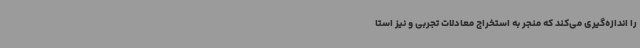
را اندازه‌گیری می‌کند که منجر به استخراج معادلات تجربی و نیز استا